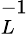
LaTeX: _L^{-1}